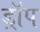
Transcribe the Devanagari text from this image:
ड्राॅप